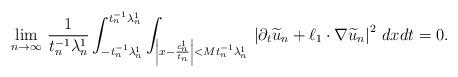
LaTeX: \begin{align*}\lim_{n\to\infty}\,\frac{1}{t_n^{-1}\lambda^1_n}\int_{-t_n^{-1}\lambda^1_n}^{t_n^{-1}\lambda^1_n}\int_{\left|x-\frac{c^1_n}{t_n}\right|<Mt_n^{-1}\lambda^1_n}\,\left|\partial_t\widetilde{u}_n+\ell_1\cdot\nabla \widetilde{u}_n\right|^2\,dxdt=0.\end{align*}